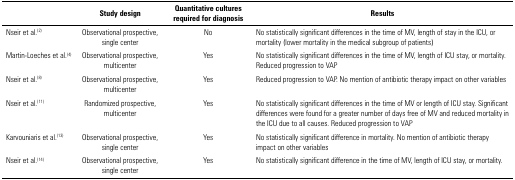
<table><thead><tr><td><b> </b></td><td><b>Study design</b></td><td><b>Quantitative cultures required for diagnosis</b></td><td><b>Results</b></td></tr></thead><tbody><tr><td>Nseir et al.<sup>(2)</sup></td><td>Observational prospective, singlecenter</td><td>No</td><td>No statistically significantdifferences in the time of MV, length of stay in the ICU, ormortality (lower mortality in the medical subgroup ofpatients)</td></tr><tr><td>Martin-Loeches etal.<sup>(4)</sup></td><td>Observational prospective,multicenter</td><td>Yes</td><td>No statistically significantdifferences in the time of MV, length of ICU stay, or mortality.Reduced progression to VAP</td></tr><tr><td>Nseir et al.<sup>(8)</sup></td><td>Observational prospective,multicenter</td><td>Yes</td><td>Reduced progression to VAP. No mentionof antibiotic therapy impact on other variables</td></tr><tr><td>Nseir et al.<sup>(11)</sup></td><td>Randomized prospective,multicenter</td><td>Yes</td><td>No statistically significantdifferences in the time of MV or length of ICU stay. Significantdifferences were found for a greater number of days free of MVand reduced mortality in the ICU due to all causes. Reducedprogression to VAP</td></tr><tr><td>Karvouniaris etal.<sup>(13)</sup></td><td>Observational prospective, singlecenter</td><td>Yes</td><td>No statistically significantdifference in mortality. No mention of antibiotic therapy impacton other variables</td></tr><tr><td>Nseir et al.<sup>(14)</sup></td><td>Observational prospective, singlecenter</td><td>Yes</td><td>No statistically significantdifference in the time of MV, length of ICU stay, ormortality.</td></tr></tbody></table>